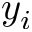
y _ { i }